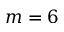
m = 6